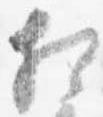
相